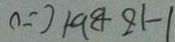
1 - 1 8 + 3 b + c = 0